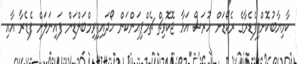
ކާމިޔާބުކޮށްފިފެޑެރާގެ ރެކޯޑަށް ހުރަސް އަޅާ ޖޮކޮވިޗް ޗެމްޕިއަންކަން ހޯދައިފިވިމްބަލްޑަން ފައިނަލަށް ފެޑެރާ އާއި